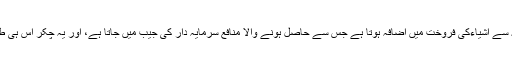
اشتہارات کی وجہ سے اشیاءکی فروخت میں اضافہ ہوتا ہے جس سے حاصل ہونے والا منافع سرمایہ دار کی جیب میں جاتا ہے، اور یہ چکر اس ہی طرح چلتا رہتا ہے۔